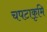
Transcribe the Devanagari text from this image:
चपटाकृमि